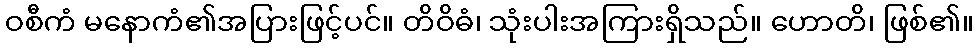
ဝစီကံ မနောကံ၏အပြားဖြင့်ပင်။ တိဝိဓံ၊ သုံးပါးအကြားရှိသည်။ ဟောတိ၊ ဖြစ်၏။